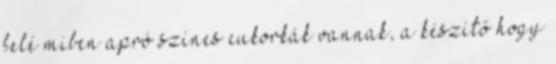
felé miben apró színes cukorkák vannak, a készítő hogy